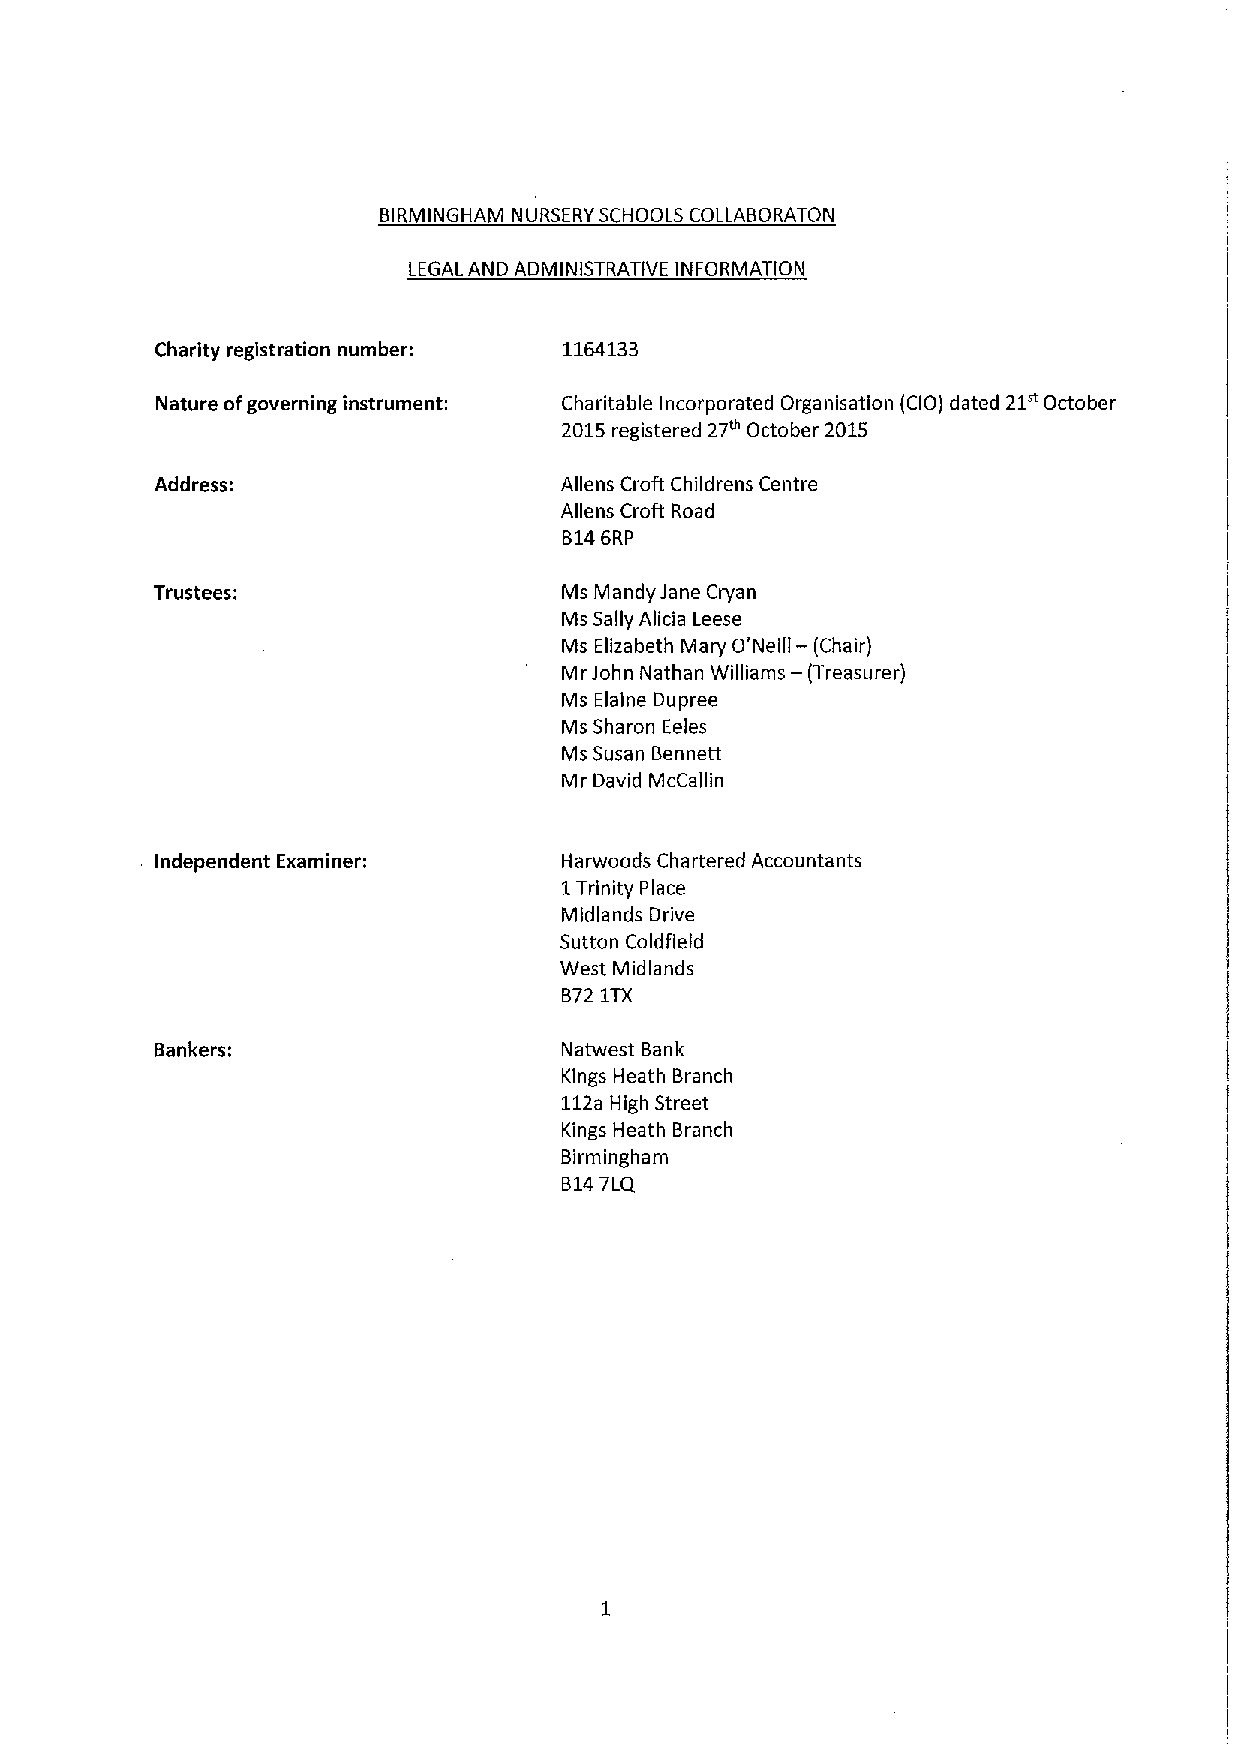
BIRMINGHAM NURSERY SCHOOLS COLLABORATON
 LEGAL AND ADMINISTRATIVE INFORMATION
 Charity registration number: 1164133
 21"
 Nature ofgoverning instrument: Charitable Incorporated Organisation (CIO) dated October
 2015registered 27u October 2015
 Address:                   Aliens Croft Childrens Centre
 Aliens Croft Road
 B146RP
 Trustees:                  Ms Mandy Jane Cryan
 Ms Sally Alicia Leese
 Ms Elizabeth Mary O'Neill — (Chair)
 —
 Mr John Nathan Williams (Treasurer)
 Ms Elaine Dupree
 Ms Sharon Eeles
 Ms Susan Bennett
 Mr David McCallin
 Independent Examiner:      Harwoods Chartered Accountants
 1Trinity Place
 Midlands Drive
 Sutton Coldfield
 West Midlands
 B721TX
 Bankers:                   Natw est Bank
 Kings Heath Branch
 112aHigh Street
 Kings Heath Branch
 Birmingham
 B147LQ